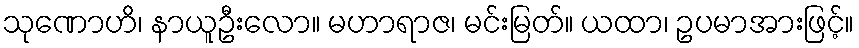
သုဏောဟိ၊ နာယူဦးလော။ မဟာရာဇ၊ မင်းမြတ်။ ယထာ၊ ဥပမာအားဖြင့်။